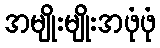
အမျိုးမျိုးအဖုံဖုံ